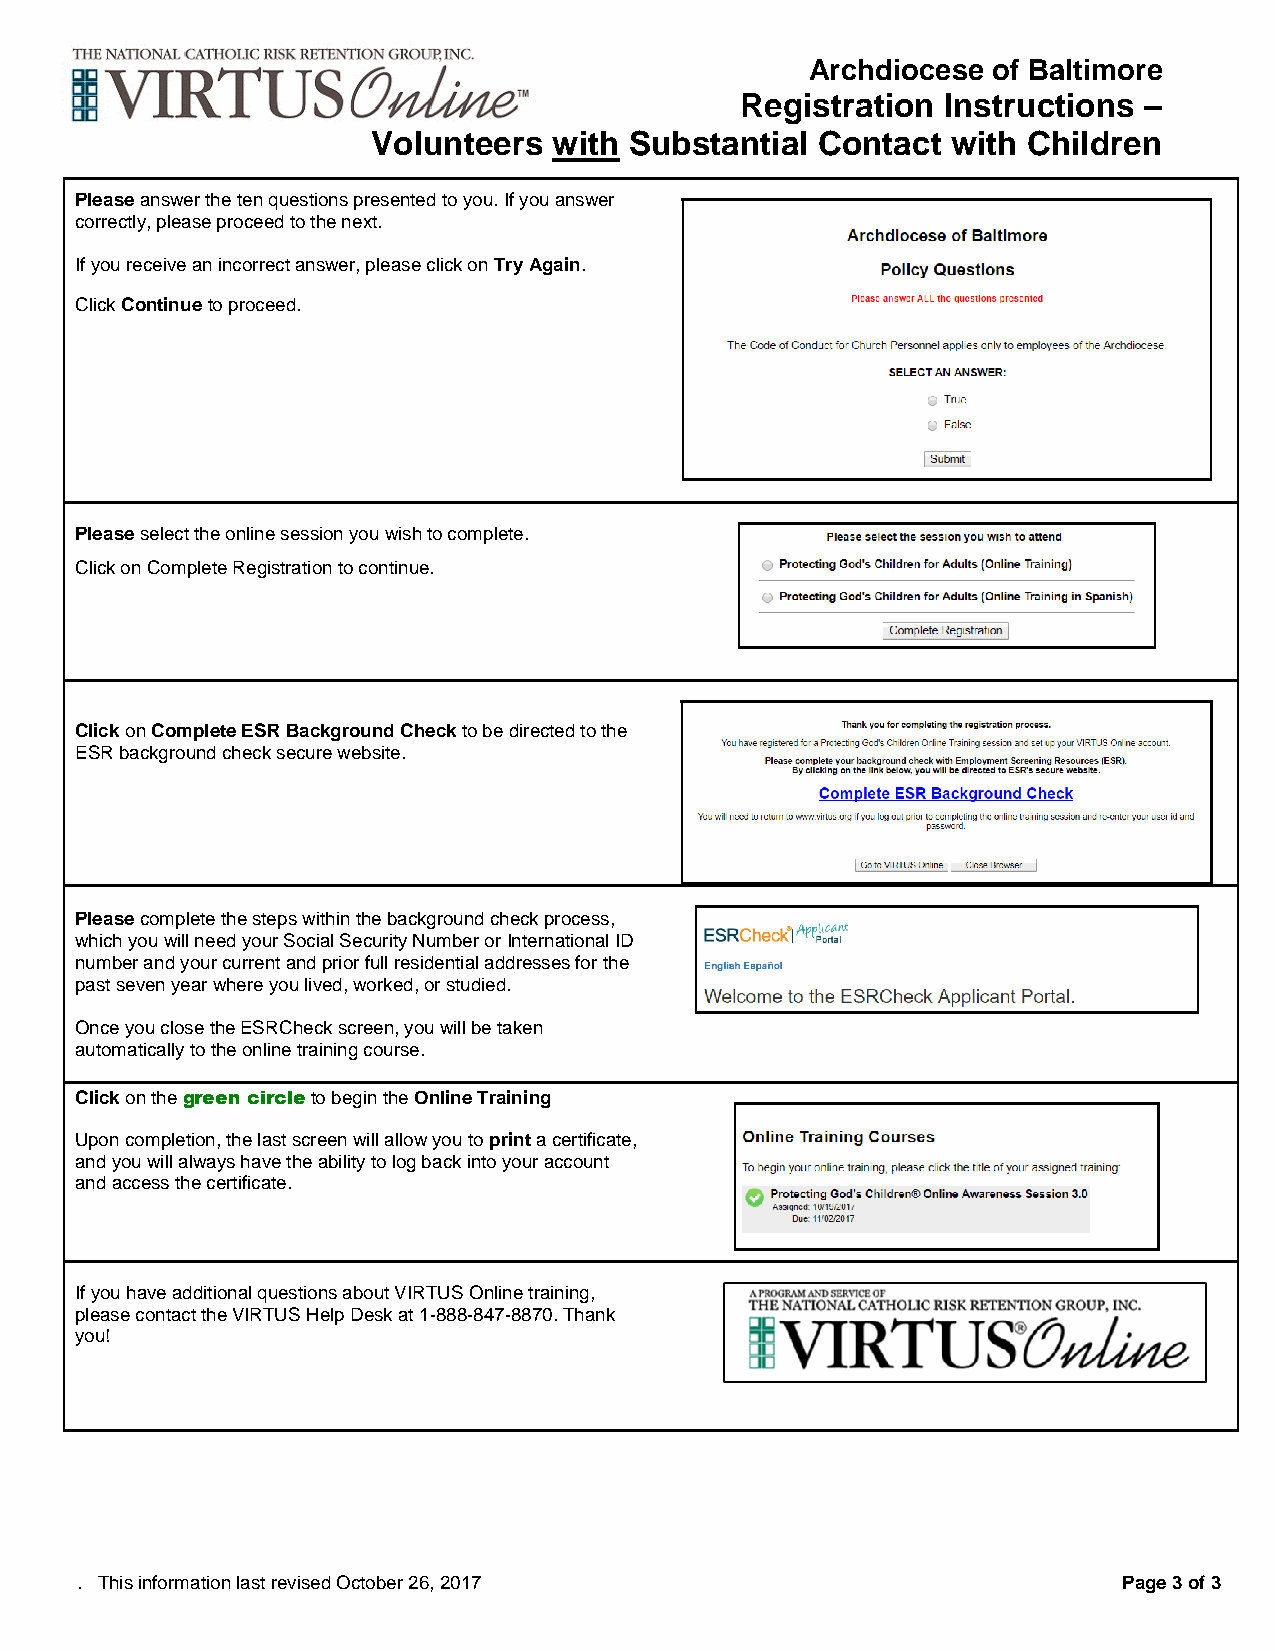
Archdiocese of Baltimore
 Registration Instructions  –
 Volunteers  with Substantial Contact  with Children
 Please answer the ten questions presented to you. If you answer
 correctly, please proceed to the next.
 If you receive an incorrect answer, please click on Try Again.
 Click Continue to proceed.
 Please select the online session you wish to complete.
 Click on Complete Registration to continue.
 Click on Complete ESR Background Check to be directed to the
 ESR background check secure website.
 Please complete the steps within the background check process,
 which you will need your Social Security Number or International ID
 number and your current and prior full residential addresses for the
 past seven year where you lived, worked, or studied.
 Once you close the ESRCheck screen, you will be taken
 automatically to the online training course.
 Click on the green circle to begin the Online Training
 Upon completion, the last screen will allow you to print a certificate,
 and you will always have the ability to log back into your account
 and access the certificate.
 If you have additional questions about VIRTUS Online training,
 please contact the VIRTUS Help Desk at 1-888-847-8870. Thank
 you!
 . This information last revised October 26, 2017                     Page 3 of 3